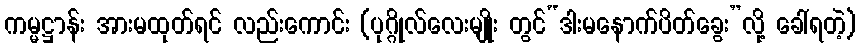
ကမ္မဋ္ဌာန်း အားမထုတ်ရင် လည်းကောင်း (ပုဂ္ဂိုလ်လေးမျိုး တွင်“ဒါးမနောက်ပိတ်ခွေး”လို့ ခေါ်ရတဲ့)